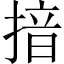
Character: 揞